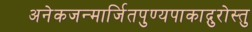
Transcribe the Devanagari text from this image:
अनेकजन्मार्जितपुण्यपाकाद्गुरोस्तु